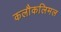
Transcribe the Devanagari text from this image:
कलौकलिमल